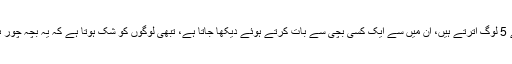
وہاں بس سے 5 لوگ اترتے ہیں، ان میں سے ایک کسی بچی سے بات کرتے ہوئے دیکھا جاتا ہے، تبھی لوگوں کو شک ہوتا ہے کہ یہ بچہ چور ہو سکتے ہیں۔